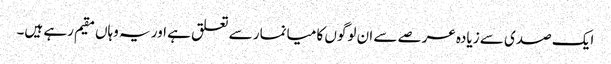
ایک صدی سے زیادہ عرصے سے ان لوگوں کا میانمار سے تعلق ہے اور یہ وہاں مقیم رہے ہیں۔